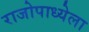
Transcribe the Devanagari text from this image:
राजोपाध्येला